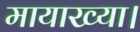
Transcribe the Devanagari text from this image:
मायाख्या।